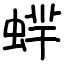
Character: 蝆